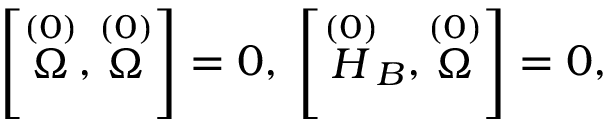
\left[ \stackrel { ( 0 ) } { \Omega } , \stackrel { ( 0 ) } { \Omega } \right] = 0 , \; \left[ \stackrel { ( 0 ) } { H } _ { B } , \stackrel { ( 0 ) } { \Omega } \right] = 0 ,